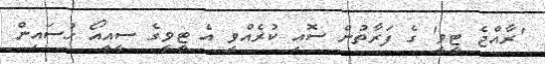
'ރާއްޖެ ޓީވީ' ގެ ފަރާތުން ސޮއި ކުރެއްވީ އެ ޓީވީގެ ސީއީއޯ ޙުސައިން